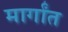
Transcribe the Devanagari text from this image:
मार्गांत